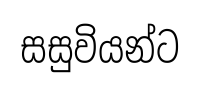
සසුවියන්ට